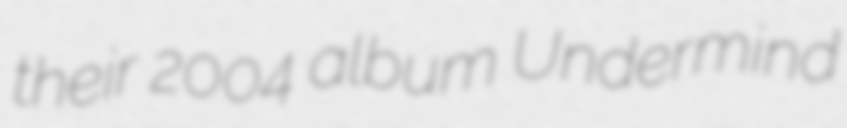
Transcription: their 2004 album Undermind